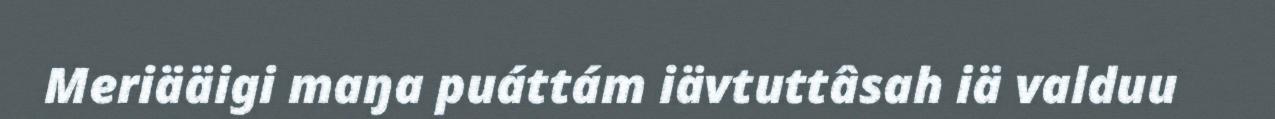
Meriääigi maŋa puáttám iävtuttâsah iä valduu